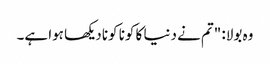
وہ بولا: "تم نے دنیا کا کونا کونا دیکھا ہوا ہے۔